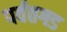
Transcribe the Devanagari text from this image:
पर्वतगड